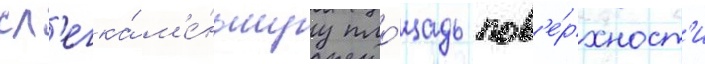
сл'егка́ м'е́ньшуу пло́щадь пов'е́рхност'и